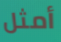
أمثل